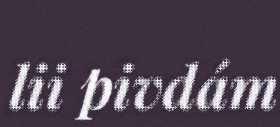
lii pivdám